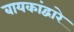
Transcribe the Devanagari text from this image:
बायकांद्वारे